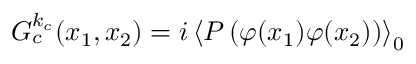
G _ { c } ^ { k _ { c } } ( x _ { 1 } , x _ { 2 } ) = i \left\langle P \left( \varphi ( x _ { 1 } ) \varphi ( x _ { 2 } ) \right) \right\rangle _ { 0 }